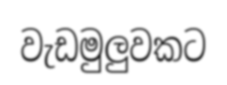
වැඩමුලුවකට